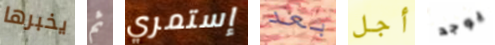
يخبرها ثم إستمري بعد أجل يوجد